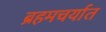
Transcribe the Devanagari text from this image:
ब्रहमचर्यात